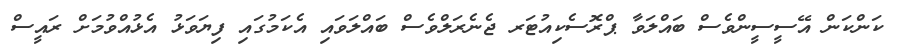
ކަންކަން އޭސީސީންވެސް ބައްލަވާ ޕްރޮސެކިއުޓަރ ޖެނެރަލްވެސް ބައްލަވައި އެކަމުގައި ފިޔަވަޅު އެޅުއްވުމަށް ރައީސް